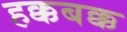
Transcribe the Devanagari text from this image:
हक्कबक्क